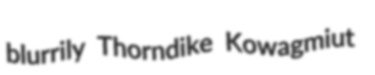
blurrily Thorndike Kowagmiut